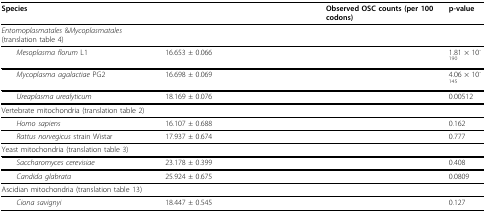
<table><thead><tr><td><b>Species</b></td><td>[EMPTY_CELL]</td><td><b>Observed OSC counts (per 100 codons)</b></td><td><b>p-value</b></td></tr></thead><tbody><tr><td><i>Entomoplasmatales </i>&amp;<i>Mycoplasmatales </i>(translation table 4)</td><td>[EMPTY_CELL]</td><td>[EMPTY_CELL]</td><td>[EMPTY_CELL]</td></tr><tr><td> <i>Mesoplasma florum </i>L1</td><td>16.653 ± 0.066</td><td>[EMPTY_CELL]</td><td>1.81 × 10<sup>-190</sup></td></tr><tr><td> <i>Mycoplasma agalactiae </i>PG2</td><td>16.698 ± 0.069</td><td>[EMPTY_CELL]</td><td>4.06 × 10<sup>-145</sup></td></tr><tr><td> <i>Ureaplasma urealyticum</i></td><td>18.169 ± 0.076</td><td>[EMPTY_CELL]</td><td>0.00512</td></tr><tr><td>Vertebrate mitochondria (translation table 2)</td><td>[EMPTY_CELL]</td><td>[EMPTY_CELL]</td><td>[EMPTY_CELL]</td></tr><tr><td> <i>Homo sapiens</i></td><td>16.107 ± 0.688</td><td>[EMPTY_CELL]</td><td>0.162</td></tr><tr><td> <i>Rattus norvegicus </i>strain Wistar</td><td>17.937 ± 0.674</td><td>[EMPTY_CELL]</td><td>0.777</td></tr><tr><td>Yeast mitochondria (translation table 3)</td><td>[EMPTY_CELL]</td><td>[EMPTY_CELL]</td><td>[EMPTY_CELL]</td></tr><tr><td> <i>Saccharomyces cerevisiae</i></td><td>23.178 ± 0.399</td><td>[EMPTY_CELL]</td><td>0.408</td></tr><tr><td> <i>Candida glabrata</i></td><td>25.924 ± 0.675</td><td>[EMPTY_CELL]</td><td>0.0809</td></tr><tr><td>Ascidian mitochondria (translation table 13)</td><td>[EMPTY_CELL]</td><td>[EMPTY_CELL]</td><td>[EMPTY_CELL]</td></tr><tr><td> <i>Ciona savignyi</i></td><td>18.447 ± 0.545</td><td>[EMPTY_CELL]</td><td>0.127</td></tr></tbody></table>